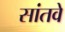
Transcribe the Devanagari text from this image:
सांतवे